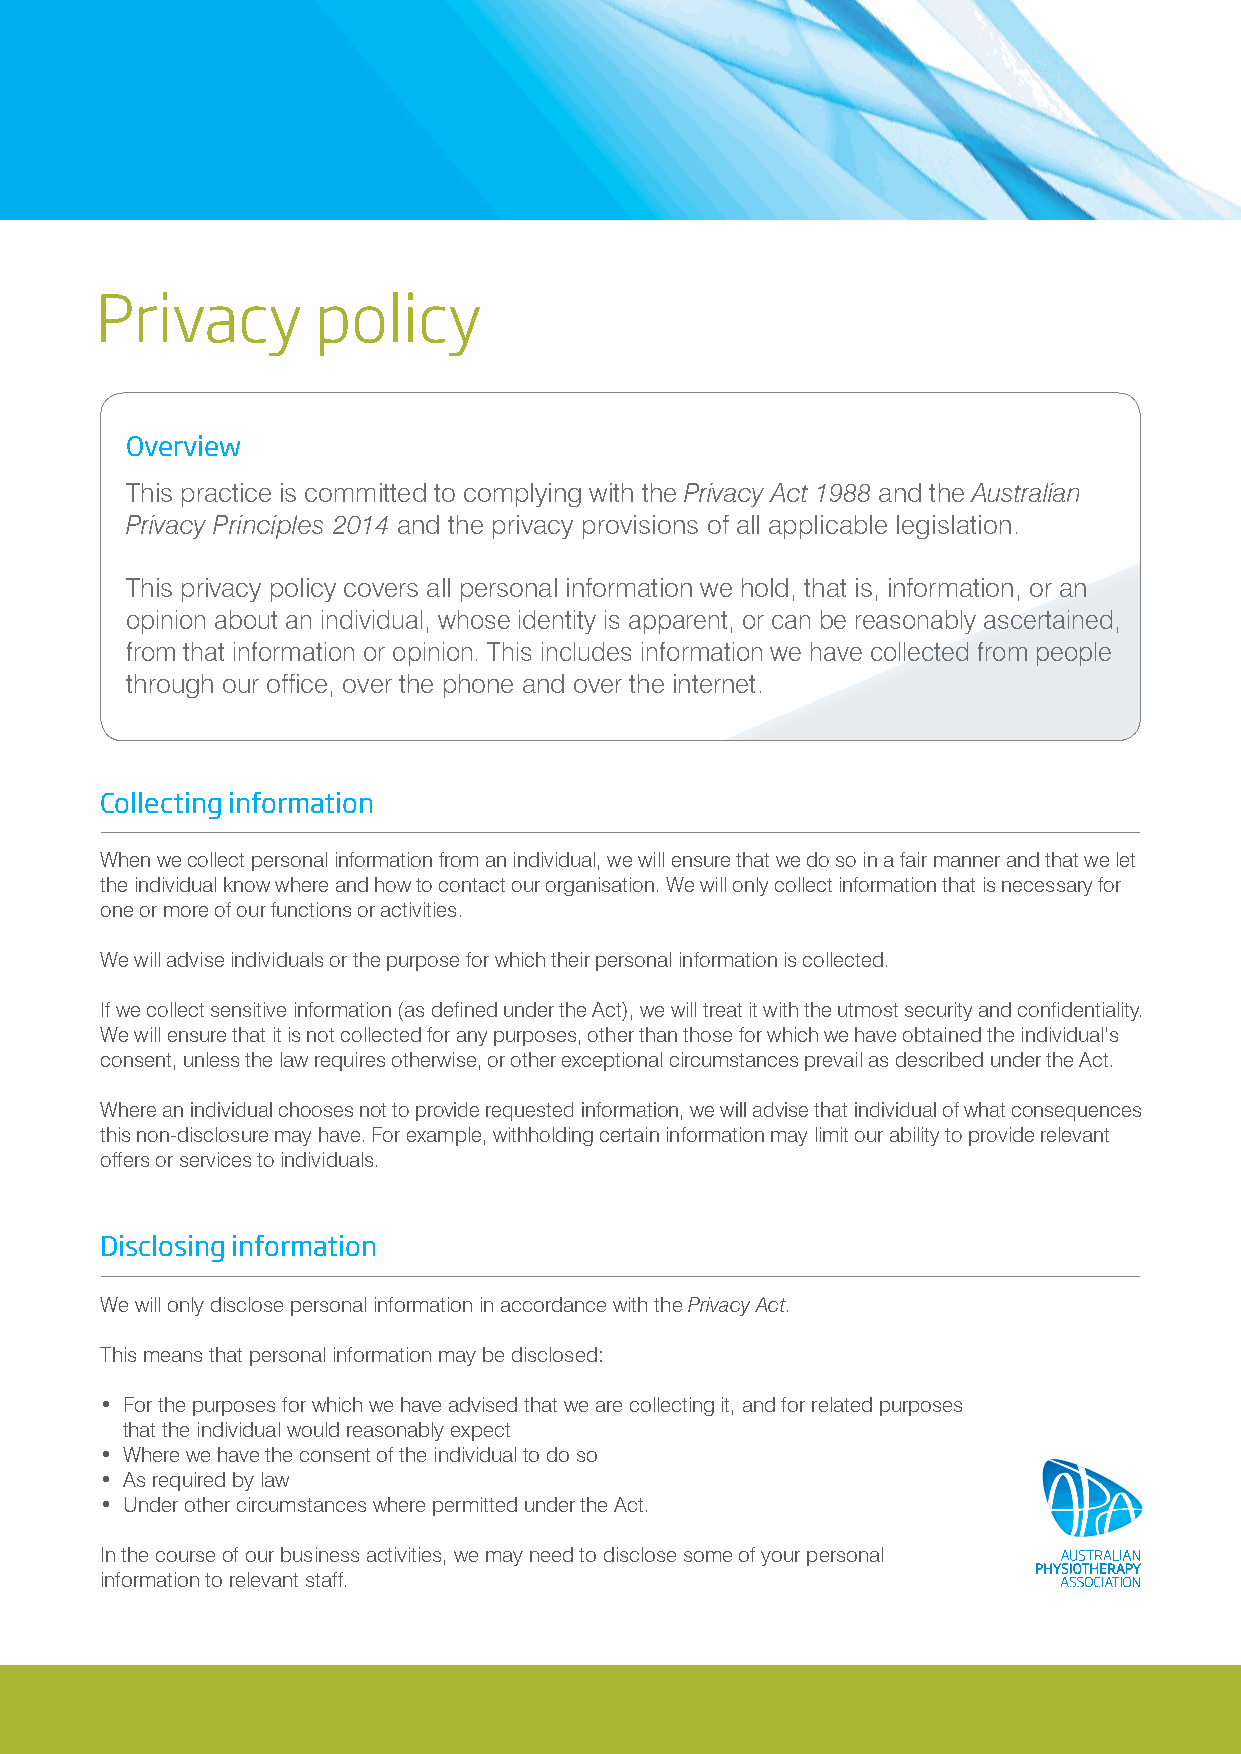
Privacy        policy
 Overview
 This practice is committed to complying with the Privacy Act 1988 and the Australian
 Privacy Principles 2014 and the privacy provisions of all applicable legislation.
 This privacy policy covers all personal information we hold, that is, information, or an
 opinion about an individual, whose identity is apparent, or can be reasonably ascertained,
 from that information or opinion. This includes information we have collected from people
 through our office, over the phone and over the internet.
 Collecting information
 When we collect personal information from an individual, we will ensure that we do so in a fair manner and that we let
 the individual know where and how to contact our organisation. We will only collect information that is necessary for
 one or more of our functions or activities.
 We will advise individuals or the purpose for which their personal information is collected.
 If we collect sensitive information (as defined under the Act), we will treat it with the utmost security and confidentiality.
 We will ensure that it is not collected for any purposes, other than those for which we have obtained the individual’s
 consent, unless the law requires otherwise, or other exceptional circumstances prevail as described under the Act.
 Where an individual chooses not to provide requested information, we will advise that individual of what consequences
 this non-disclosure may have. For example, withholding certain information may limit our ability to provide relevant
 offers or services to individuals.
 Disclosing information
 We will only disclose personal information in accordance with the Privacy Act.
 This means that personal information may be disclosed:
 • For the purposes for which we have advised that we are collecting it, and for related purposes
 that the individual would reasonably expect
 • Where we have the consent of the individual to do so
 • As required by law
 • Under other circumstances where permitted under the Act.
 In the course of our business activities, we may need to disclose some of your personal
 information to relevant staff.